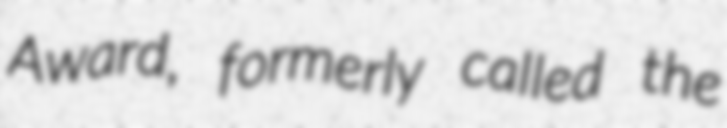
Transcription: Award, formerly called the